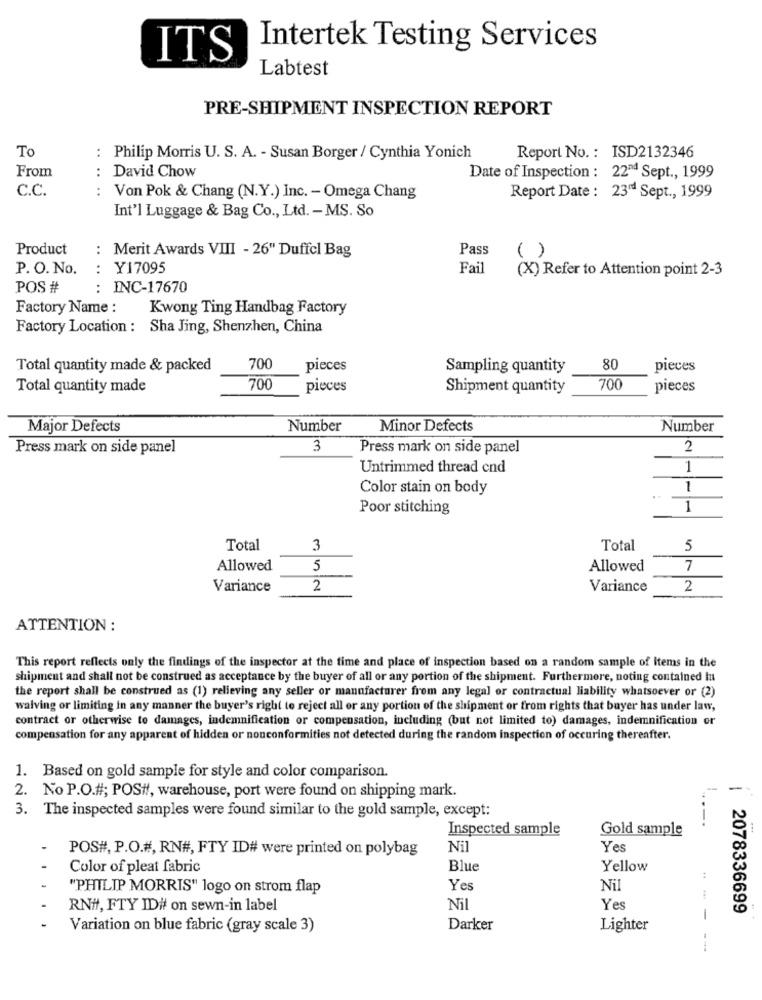
Intertek Testing Services
ITS
Labtest
PRE-SHIPMENT INSPECTION REPORT
To
: Philip Morris U. S. A. - Susan Borger / Cynthia Yonich
Report No. : ISD2132346
From
: David Chow
Date of Inspection : 22™4 Sept ., 1999
C.C.
: Von Pok & Chang (N.Y.) Inc. - Omega Chang
Report Date : 23" Sept ., 1999
Int'l Luggage & Bag Co ., Ltd. - MS. So
Product
: Merit Awards VIII - 26" Duffel Bag
Pass
( )
P. O. No.
: Y17095
Fail
(X) Refer to Attention point 2-3
POS #
: INC-17670
Factory Name :
Kwong Ting Handbag Factory
Factory Location : Sha Jing, Shenzhen, China
Total quantity made & packed
700
pieces
Sampling quantity
80
pieces
Total quantity made
700
pieces
Shipment quantity
700
pieces
Major Defects
Number
Minor Defects
Number
Press mark on side panel
3
Press mark on side panel
2
Untrimmed thread end
1
Color stain on body
1
..
Poor stitching
1
Total
3
Total
5
Allowed
5
Allowed
7
Variance
2
Variance
2
ATTENTION :
This report reflects only the findings of the inspector at the time and place of inspection based on a random sample of Items in the
shipment and shall not be construed as acceptance by the buyer of all or any portion of the shipment. Furthermore, noting contained In
the report shall be construed as (1) relieving any seller or manufacturer from any legal or contractual liability whatsoever or (2)
waiving or limiting in any manner the buyer's right to reject all or any portion of the shipment or from rights that buyer has under law,
contract or otherwise to damages, indemnification or compensation, including (but not limited to) damages, indemnification or
compensation for any apparent of hidden or nonconformities not detected during the random inspection of occuring thereafter.
1. Based on gold sample for style and color comparison.
2. No P.O.#; POSH, warehouse, port were found on shipping mark.
3. The inspected samples were found similar to the gold sample, except:
Inspected sample
Gold sample
---.
POS#, P.O.#, RN#, FTY ID# were printed on polybag
Nil
Yes
Color of pleat fabric
Blue
Yellow
"PHILIP MORRIS" logo on strom flap
Yes
Nil
RN#, FTY ID# on sewn-in label
Nil
Yes
1 2078336699
-
Variation on blue fabric (gray scale 3)
Darker
Lighter